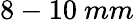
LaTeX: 8-10\ mm